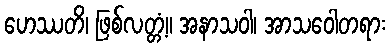
ဟေဿတိ၊ ဖြစ်လတ္တံ့။ အနာသဝါ၊ အာသဝေါတရား